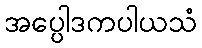
အပ္ပေါဒကပါယသံ